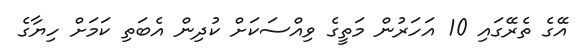
އޭގެ ތެރޭގައި 10 އަހަރުން މަތީގެ ވިއްސަކަށް ކުދިން އެބަތި ކަމަށް ހިޔާގެ